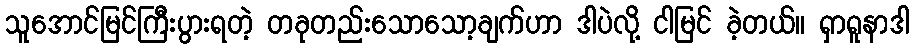
သူအောင်မြင်ကြီးပွားရတဲ့ တခုတည်းသောသော့ချက်ဟာ ဒါပဲလို့ ငါမြင် ခဲ့တယ်။ ရှာရူနာဒါ